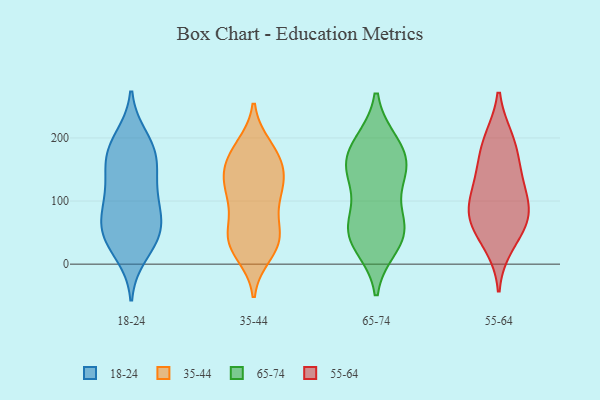
{"axis": {"x": "Latency (ms)", "y": "Value"}, "legend": ["18-24", "35-44", "55-64", "65-74"], "data": [{"x": "", "y": 43, "type": "18-24"}, {"x": "", "y": 183, "type": "18-24"}, {"x": "", "y": 152, "type": "18-24"}, {"x": "", "y": 199, "type": "18-24"}, {"x": "", "y": 59, "type": "18-24"}, {"x": "", "y": 97, "type": "18-24"}, {"x": "", "y": 168, "type": "18-24"}, {"x": "", "y": 17, "type": "18-24"}, {"x": "", "y": 111, "type": "18-24"}, {"x": "", "y": 183, "type": "18-24"}, {"x": "", "y": 40, "type": "18-24"}, {"x": "", "y": 67, "type": "18-24"}, {"x": "", "y": 142, "type": "18-24"}, {"x": "", "y": 50, "type": "18-24"}, {"x": "", "y": 95, "type": "18-24"}, {"x": "", "y": 99, "type": "35-44"}, {"x": "", "y": 34, "type": "35-44"}, {"x": "", "y": 186, "type": "35-44"}, {"x": "", "y": 26, "type": "35-44"}, {"x": "", "y": 36, "type": "35-44"}, {"x": "", "y": 141, "type": "35-44"}, {"x": "", "y": 53, "type": "35-44"}, {"x": "", "y": 49, "type": "35-44"}, {"x": "", "y": 150, "type": "35-44"}, {"x": "", "y": 130, "type": "35-44"}, {"x": "", "y": 109, "type": "35-44"}, {"x": "", "y": 137, "type": "35-44"}, {"x": "", "y": 42, "type": "35-44"}, {"x": "", "y": 180, "type": "35-44"}, {"x": "", "y": 170, "type": "35-44"}, {"x": "", "y": 125, "type": "35-44"}, {"x": "", "y": 91, "type": "35-44"}, {"x": "", "y": 16, "type": "35-44"}, {"x": "", "y": 175, "type": "35-44"}, {"x": "", "y": 62, "type": "65-74"}, {"x": "", "y": 44, "type": "65-74"}, {"x": "", "y": 59, "type": "65-74"}, {"x": "", "y": 57, "type": "65-74"}, {"x": "", "y": 167, "type": "65-74"}, {"x": "", "y": 143, "type": "65-74"}, {"x": "", "y": 31, "type": "65-74"}, {"x": "", "y": 149, "type": "65-74"}, {"x": "", "y": 190, "type": "65-74"}, {"x": "", "y": 139, "type": "65-74"}, {"x": "", "y": 188, "type": "65-74"}, {"x": "", "y": 116, "type": "55-64"}, {"x": "", "y": 54, "type": "55-64"}, {"x": "", "y": 103, "type": "55-64"}, {"x": "", "y": 198, "type": "55-64"}, {"x": "", "y": 30, "type": "55-64"}, {"x": "", "y": 75, "type": "55-64"}, {"x": "", "y": 156, "type": "55-64"}, {"x": "", "y": 77, "type": "55-64"}, {"x": "", "y": 196, "type": "55-64"}, {"x": "", "y": 79, "type": "55-64"}, {"x": "", "y": 146, "type": "55-64"}]}